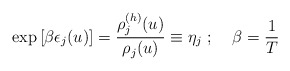
\begin{align*}\exp \left[ \beta \epsilon_j(u)\right] = \frac{\rho_j^{(h)}(u)}{\rho_j(u)}\equiv \eta_j \;;\;\;\;\; \beta=\frac{1}{T}\end{align*}